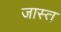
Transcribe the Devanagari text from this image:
जास्‍त्‍ा